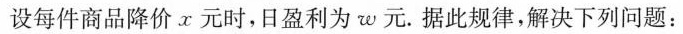
设每件商品降价x元时，日盈利为w元。据此规律，解决下列问题：